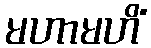
မဟာမဟိံ